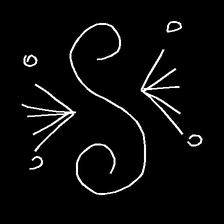
Glyph: aeroform